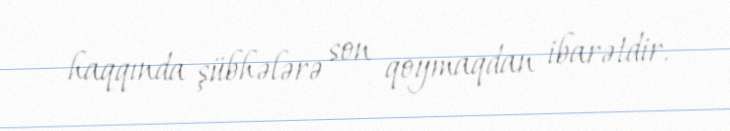
haqqında şübhələrə son qoymaqdan ibarətdir.